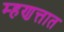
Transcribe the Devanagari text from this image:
म्हणत्तात